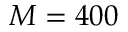
M = 4 0 0